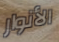
الأنوار